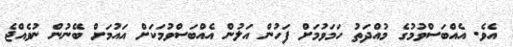
އެވެ. އެއްބަސްވުމުގެ މުއްދަތު ހަމަވުމަށް ފަހުން އަލުން އެއްބަސްވުމަކަށް އައުމަށް ބޭނުން ނުވެއްޖެ